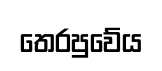
තෙරපුවේය